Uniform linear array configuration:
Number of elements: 48
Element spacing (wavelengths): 0.5
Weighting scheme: uniform
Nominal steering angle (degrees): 30
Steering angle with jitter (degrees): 28.483
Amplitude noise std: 0.05
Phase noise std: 0.05

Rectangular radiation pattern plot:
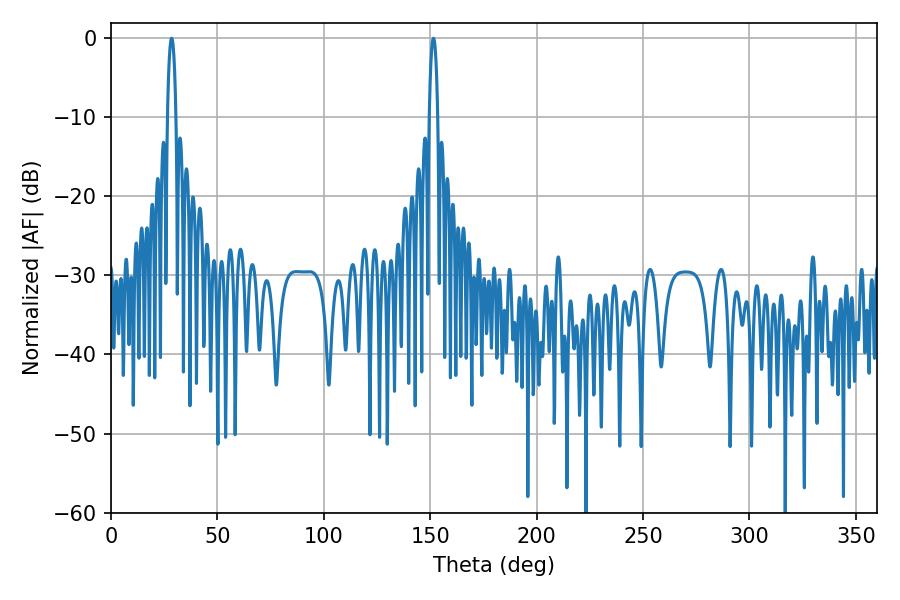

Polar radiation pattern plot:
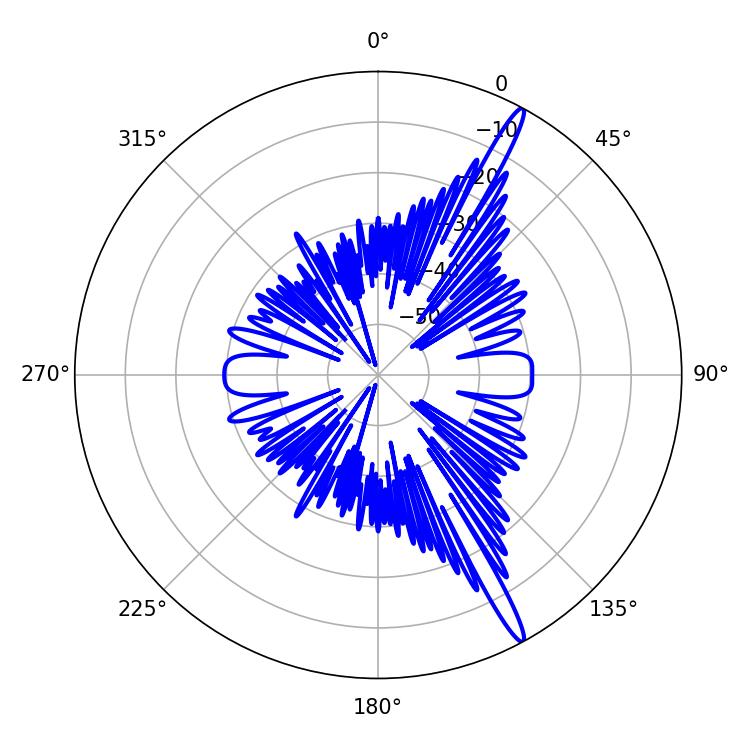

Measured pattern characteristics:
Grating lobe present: FALSE
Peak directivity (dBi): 16.462
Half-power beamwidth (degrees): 2.16
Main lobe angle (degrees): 28.44